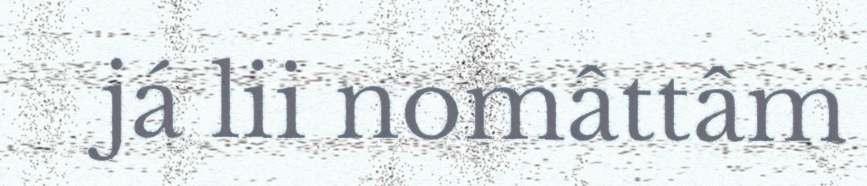
já lii nomâttâm